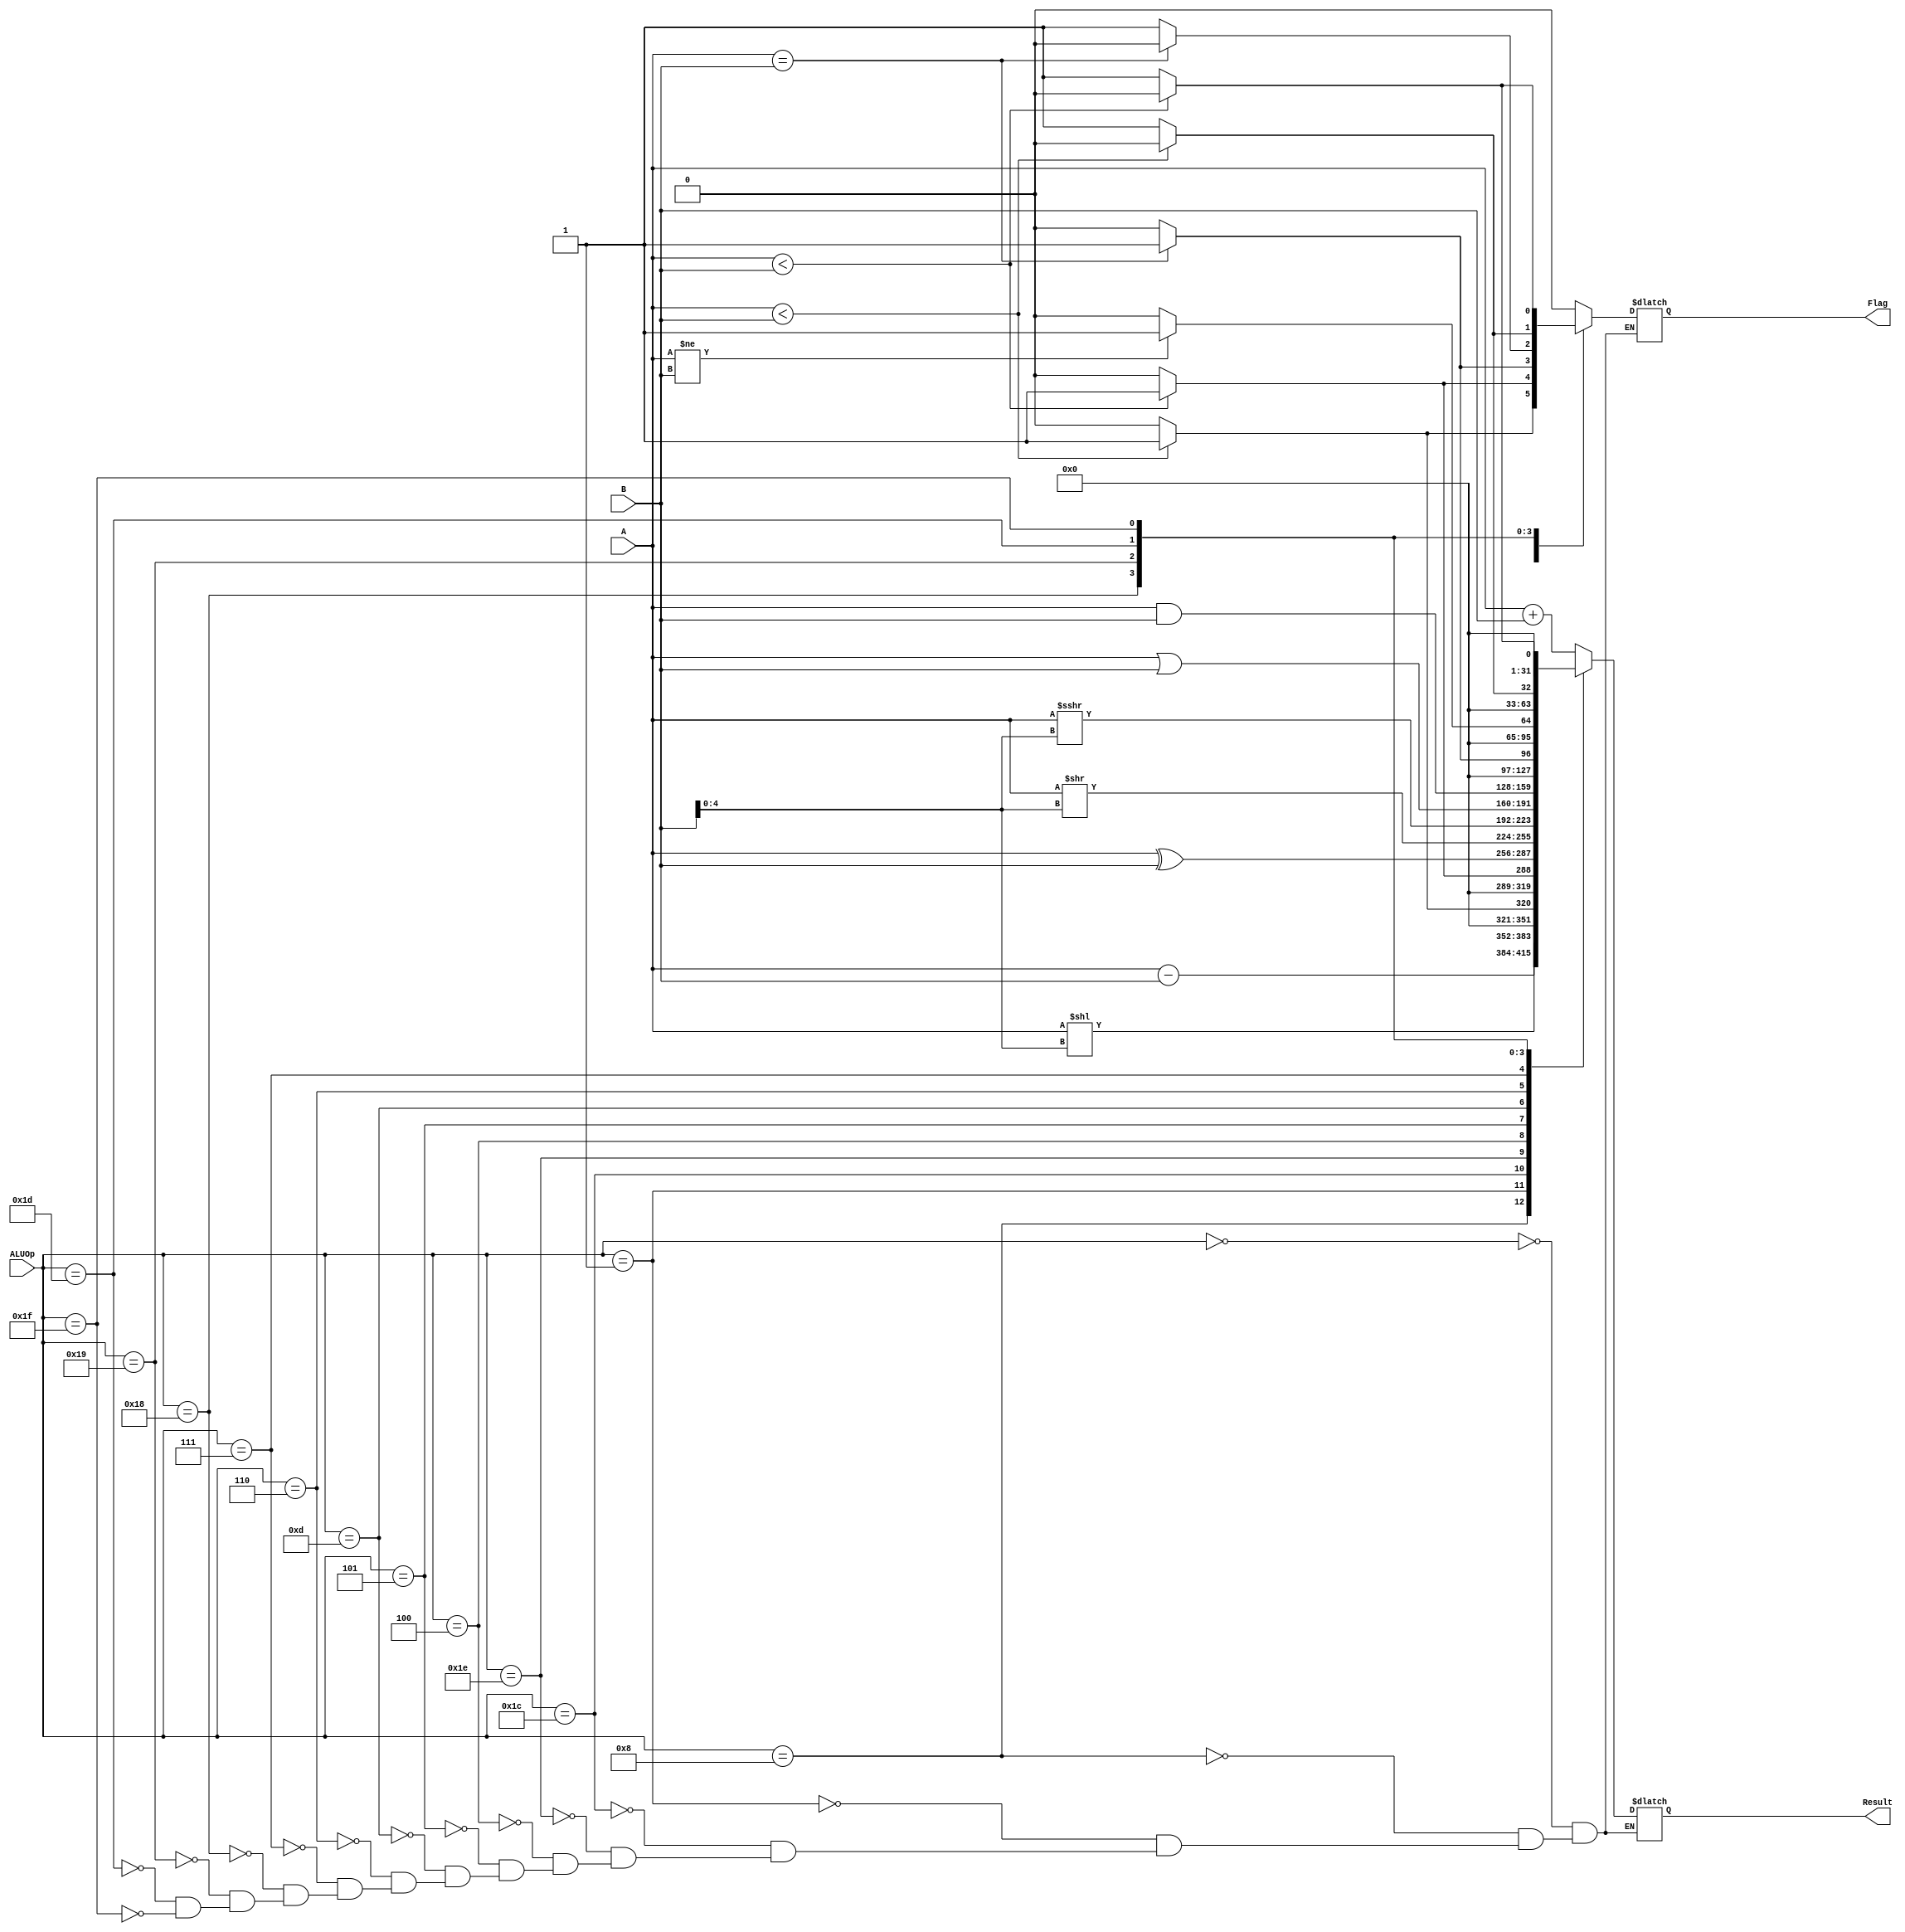
`timescale 1ns / 1ps

`define ALU_OP_WIDTH  5

`define ALU_ADD   5'b00000
`define ALU_SUB   5'b01000

`define ALU_XOR   5'b00100
`define ALU_OR    5'b00110
`define ALU_AND   5'b00111

// shifts
`define ALU_SRA   5'b01101
`define ALU_SRL   5'b00101
`define ALU_SLL   5'b00001

// comparisons
`define ALU_LTS   5'b11100
`define ALU_LTU   5'b11110
`define ALU_GES   5'b11101
`define ALU_GEU   5'b11111
`define ALU_EQ    5'b11000
`define ALU_NE    5'b11001


module ALU(
           input [`ALU_OP_WIDTH-1:0] ALUOp,
           input [31:0] A,
           input [31:0] B,
           output reg [31:0] Result,
           output reg Flag
    );

always@(*)
begin
case(ALUOp)
    `ALU_ADD: begin
        Result <= A + B; 
        Flag   <= 0;
    end
    `ALU_SUB: begin
        Result <= A - B; 
        Flag   <= 0;
    end
    `ALU_SLL: begin
        Result <= A<<B[4:0];
        Flag   <= 0;
    end
    `ALU_LTS: begin
        Result <= ($signed(A) < $signed(B)) ? 1:0;
        Flag   <= ($signed(A) < $signed(B)) ? 1:0;
    end
    `ALU_LTU: begin
        Result <= ($unsigned(A) < $unsigned(B)) ? 1:0;
        Flag   <= ($unsigned(A) < $unsigned(B)) ? 1:0;
    end 
    `ALU_XOR: begin
        Result <= A^B;
        Flag   <= 0;
    end 
    `ALU_SRL: begin
        Result <= A>>B[4:0];
        Flag   <= 0;
    end
    `ALU_SRA: begin
        Result <= A>>>B[4:0];
        Flag   <= 0;
    end
    `ALU_OR: begin
        Result <= A|B;
        Flag   <= 0;
    end
    `ALU_AND: begin
        Result <= A&B;
        Flag   <= 0;
    end
    `ALU_EQ: begin
        Result <= (A==B)? 1:0;
        Flag   <= (A==B)? 1:0;
    end
    `ALU_NE: begin
        Result <= ((A!=B))? 1:0;
        Flag   <= (~(A==B))? 1:0;
    end 
    //`LESSF: begin
    //    Result =  ($signed(A) < $signed(B)) ? 1:0;
    //    Flag = ($signed(A) < $signed(B)) ? 1:0;
    //end
    `ALU_GES: begin
        Result <=  (~($signed(A) < $signed(B))) ? 1:0;
        Flag   <= (~($signed(A) < $signed(B))) ? 1:0;
    end
    //`UNSLESSF: begin
    //    Result =  ($unsigned(A) < $unsigned(B)) ? 1:0;
    //    Flag = ($unsigned(A) < $unsigned(B)) ? 1:0;
    //end
    `ALU_GEU: begin
        Result <=  (~($unsigned(A) < $unsigned(B))) ? 1:0;
        Flag   <= (~($unsigned(A) < $unsigned(B))) ? 1:0;
    end    
endcase
end
endmodule